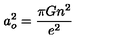
a _ { o } ^ { 2 } = { \frac { \pi G n ^ { 2 } } { e ^ { 2 } } } \nonumber